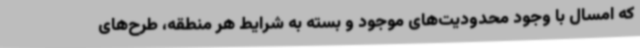
که امسال با وجود محدودیت‌های موجود و بسته به شرایط هر منطقه، طرح‌های